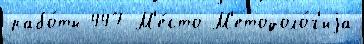
рабо́ты 447 М'е́сто М'етодоло́г'иjа